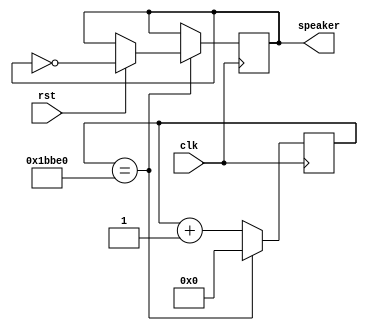
`timescale 1ns / 1ps

module audio(clk, rst, speaker);
  input clk, rst;
  output speaker;

  reg [16:0] counter; //113632 00011011101111100000  2 17
  reg speaker;

  always @(posedge clk) begin
    if (counter == 113632) begin 
      //A 440Hz (440HZ) =  (100MHZ) /      227264 .
        //duty cycle 50%        50%     . 113632
      counter <= 0;
      if (rst) begin
        speaker <= ~speaker;
        // counter 113632  , rst    speaker  ,    .
      end
    end
    else begin
      counter <= counter + 1;
      //113632   1 .
    end
  end
endmodule